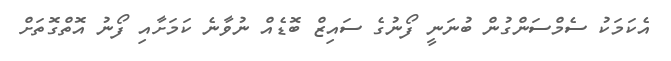
އެކަމަކު ސެމްސަންގުން ބުނަނީ ފޯނުގެ ސައިޒް ބޮޑެއް ނުވާނެ ކަމަށާއި ފޯނު އޮތްގޮތަށް